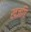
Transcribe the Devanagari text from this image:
खजगि